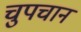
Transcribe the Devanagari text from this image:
चुपचान